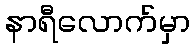
နာရီလောက်မှာ